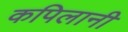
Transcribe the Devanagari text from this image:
कपिलानी